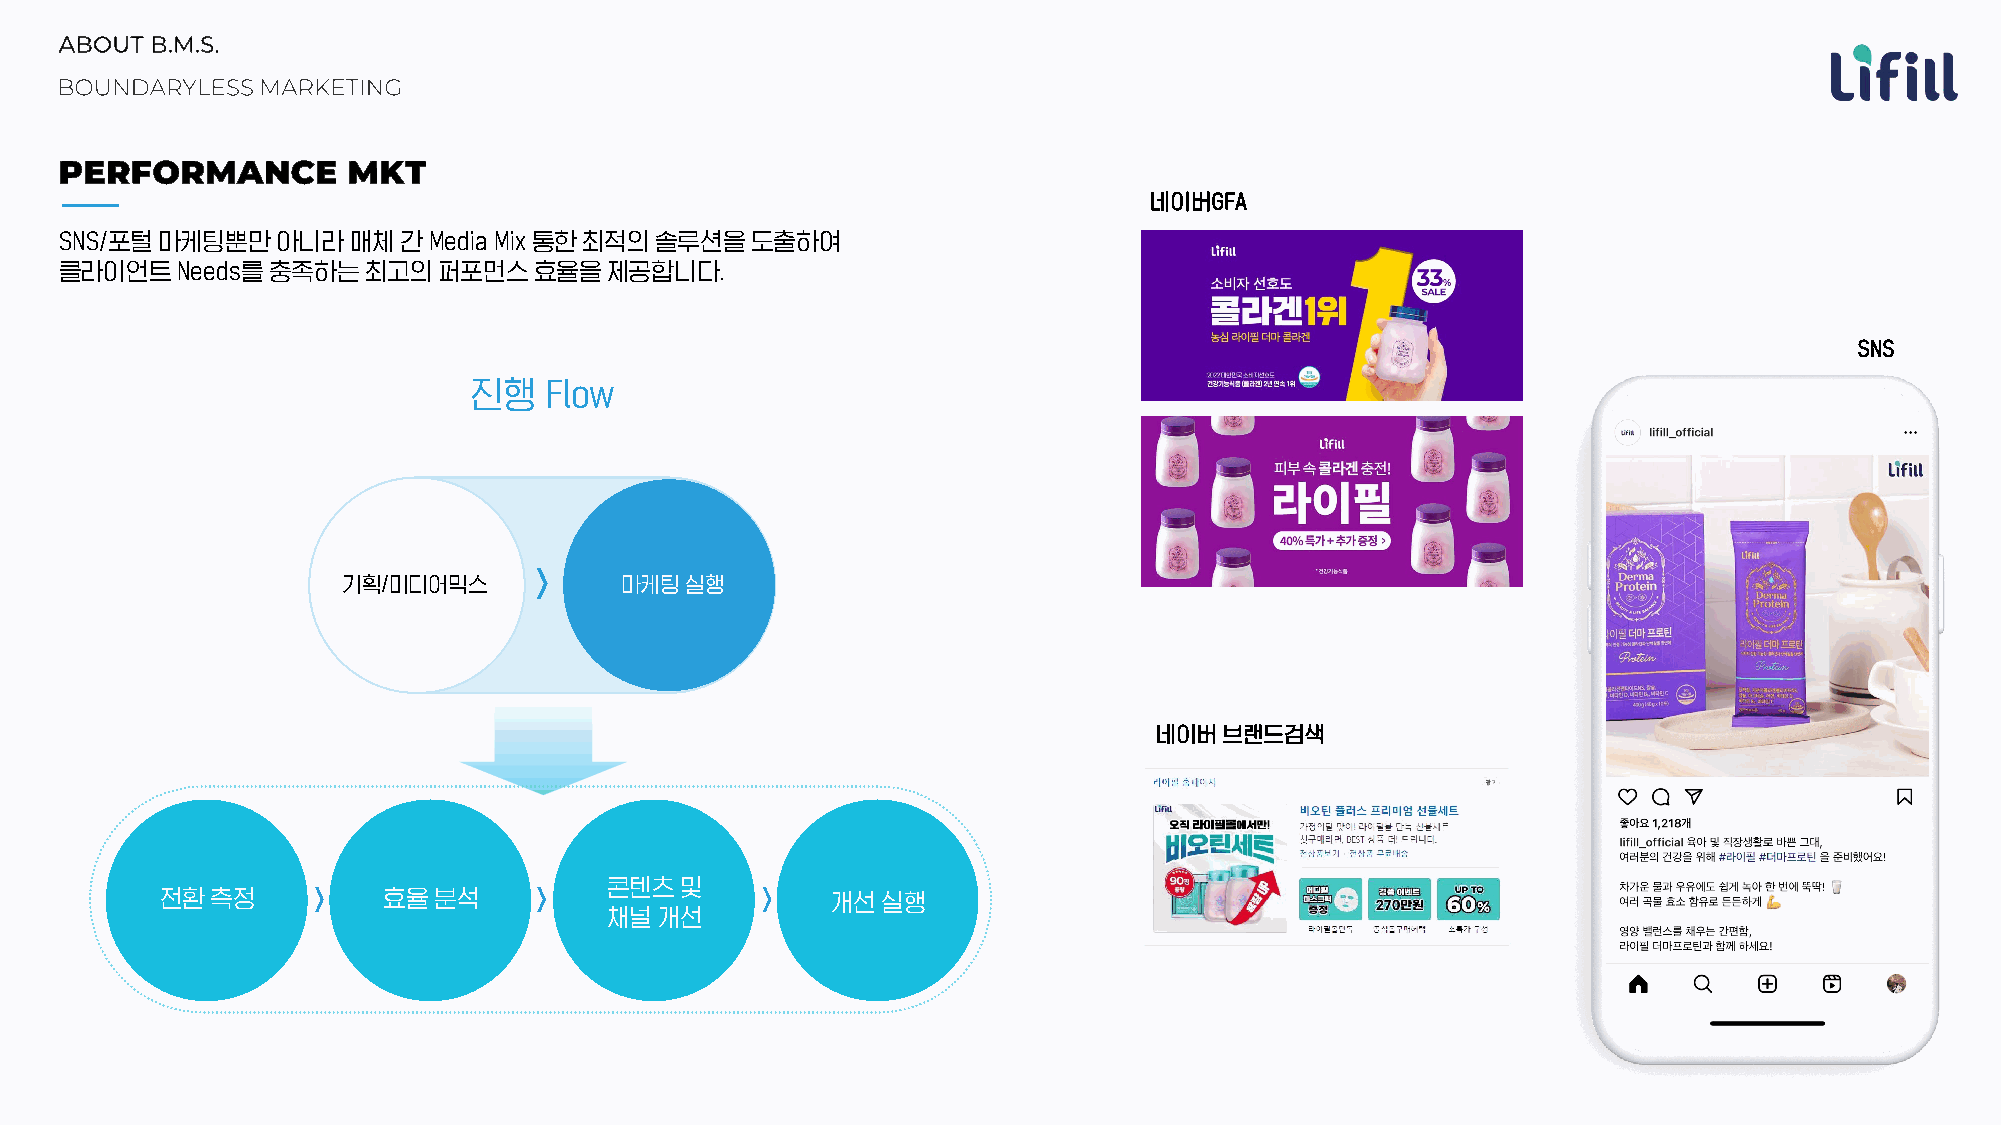
네이버GFA
 SNS/포털마케팅뿐만아니라매체간Media       Mix 통한최적의솔루션을도출하여
 클라이언트Needs를충족하는최고의퍼포먼스효율을제공합니다.
 SNS
 진행   Flow
 기획/미디어믹스          마케팅실행
 네이버브랜드검색
 콘텐츠및
 전환측정          효율분석                          개선실행
 채널개선